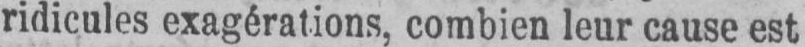
ridicules exagérations, combien leur cause est